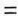
=